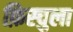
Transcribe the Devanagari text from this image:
फ़िस्चुला